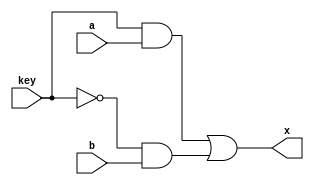
module mux_2_1_1(
    input a,
    input b,
    input key,
    output x
);

wire [1:0] aux;

and(aux[0], key, a);
and(aux[1], !key, b);
or(x, aux[0], aux[1]);

endmodule